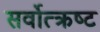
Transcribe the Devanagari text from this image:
सर्वोत्‍क्रष्‍ट